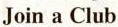
Join a Club